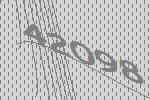
42098